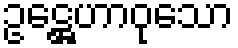
ဥဋ္ဌေဟာဝုသော